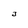
Character: 3